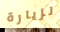
لزيارة